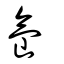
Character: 氙